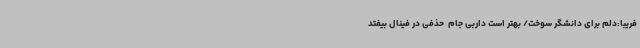
فریبا:‌دلم برای دانشگر سوخت/ بهتر است داربی جام  حذفی در فینال بیفتد